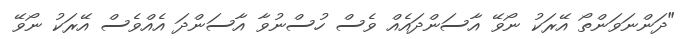
"ދަންނަވަންތޯ އޭރަކު ނޯވޭ އާސަންދައެއް ވެސް ހުސްނުވާ އާސަންދަ އެއްވެސް އޭރަކު ނޯވޭ